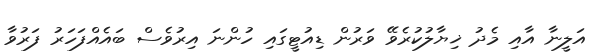
އަލީނާ އާއި މެދު ޚިޔާލުކުރެވޭ ވަރުން ޑިއުޓީގައި ހުންނަ އިރުވެސް ބައެއްފަހަރު ފަރުވާ